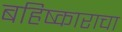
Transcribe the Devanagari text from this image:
बहिष्काराचा